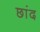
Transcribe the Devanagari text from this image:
छांद